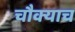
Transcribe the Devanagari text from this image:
चौक्याच